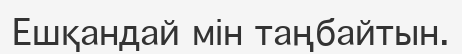
Ешқандай мін таңбайтын.